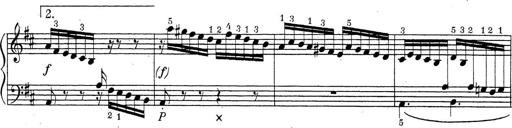
Title: ÄŒeskÃ© Sonatiny
Composer: Various